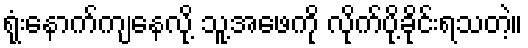
ရုံးနောက်ကျနေလို့ သူ့အဖေကို လိုက်ပို့ခိုင်းရသတဲ့။